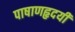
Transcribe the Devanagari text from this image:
पाषाणहृदयी